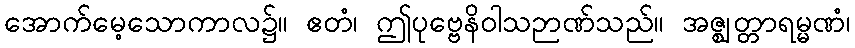
အောက်မေ့သောကာလ၌။ ဧတံ၊ ဤပုဗ္ဗေနိဝါသဉာဏ်သည်။ အဇ္ဈတ္တာရမ္မဏံ၊